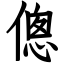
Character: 傯